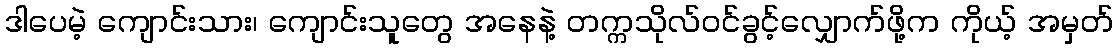
ဒါပေမဲ့ ကျောင်းသား၊ ကျောင်းသူတွေ အနေနဲ့ တက္ကသိုလ်ဝင်ခွင့်လျှောက်ဖို့က ကိုယ့် အမှတ်